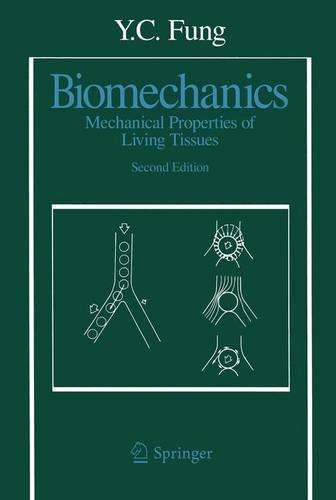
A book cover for Biomechanics: Mechanical Properties of Living Tissues, Second Edition; Y. C. Fung; Medical Books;